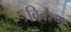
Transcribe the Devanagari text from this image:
विवरण्‌